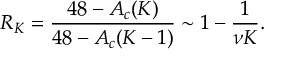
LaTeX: R _ { K } = \frac { 4 8 - A _ { c } ( K ) } { 4 8 - A _ { c } ( K - 1 ) } \sim 1 - \frac { 1 } { \nu K } .